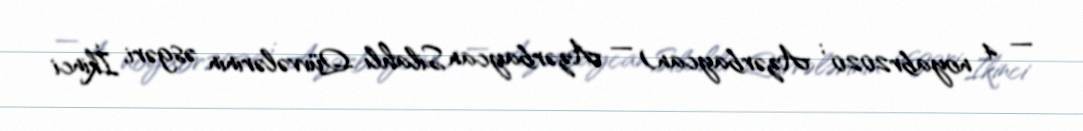
— 4 noyabr2020 ; Azərbaycan) — Azərbaycan Silahlı Qüvvələrinin əsgəri, İkinci